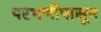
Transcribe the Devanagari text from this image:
परभणीपासून